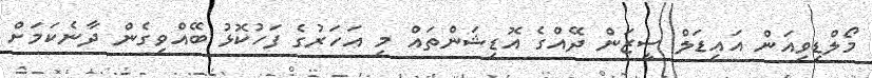
މޯލްޑިވިއަން އައިޑަލް ސީޒަން ދޭއްގެ އޮޑިޝަންތައް މި އަހަރުގެ ފަހުކޮޅު ބޭއްވިގެން ދާނެކަމަށް